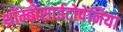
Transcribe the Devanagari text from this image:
थ्रॉम्बोसाईटोपेनिया